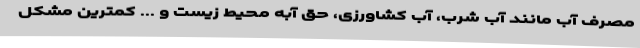
مصرف آب مانند آب شرب، آب کشاورزی، حق آبه محیط زیست و ... کمترین مشکل